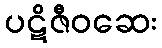
ပဋိဇီဝဆေး